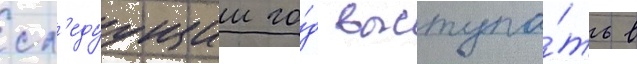
сл'едуущии го́д выступа́ть в